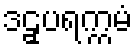
ဒဠှပရက္ကမံ